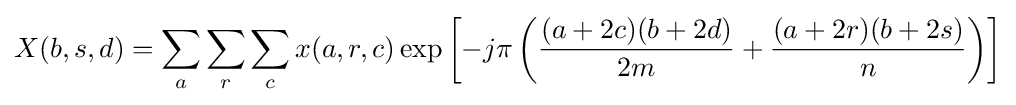
X(b,s,d)=\sum _{a}\sum _{r}\sum _{c}x(a,r,c)\exp \left[-j\pi \left({\frac {(a+2c)(b+2d)}{2m}}+{\frac {(a+2r)(b+2s)}{n}}\right)\right]